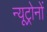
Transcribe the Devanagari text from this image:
न्यूट्रोनों